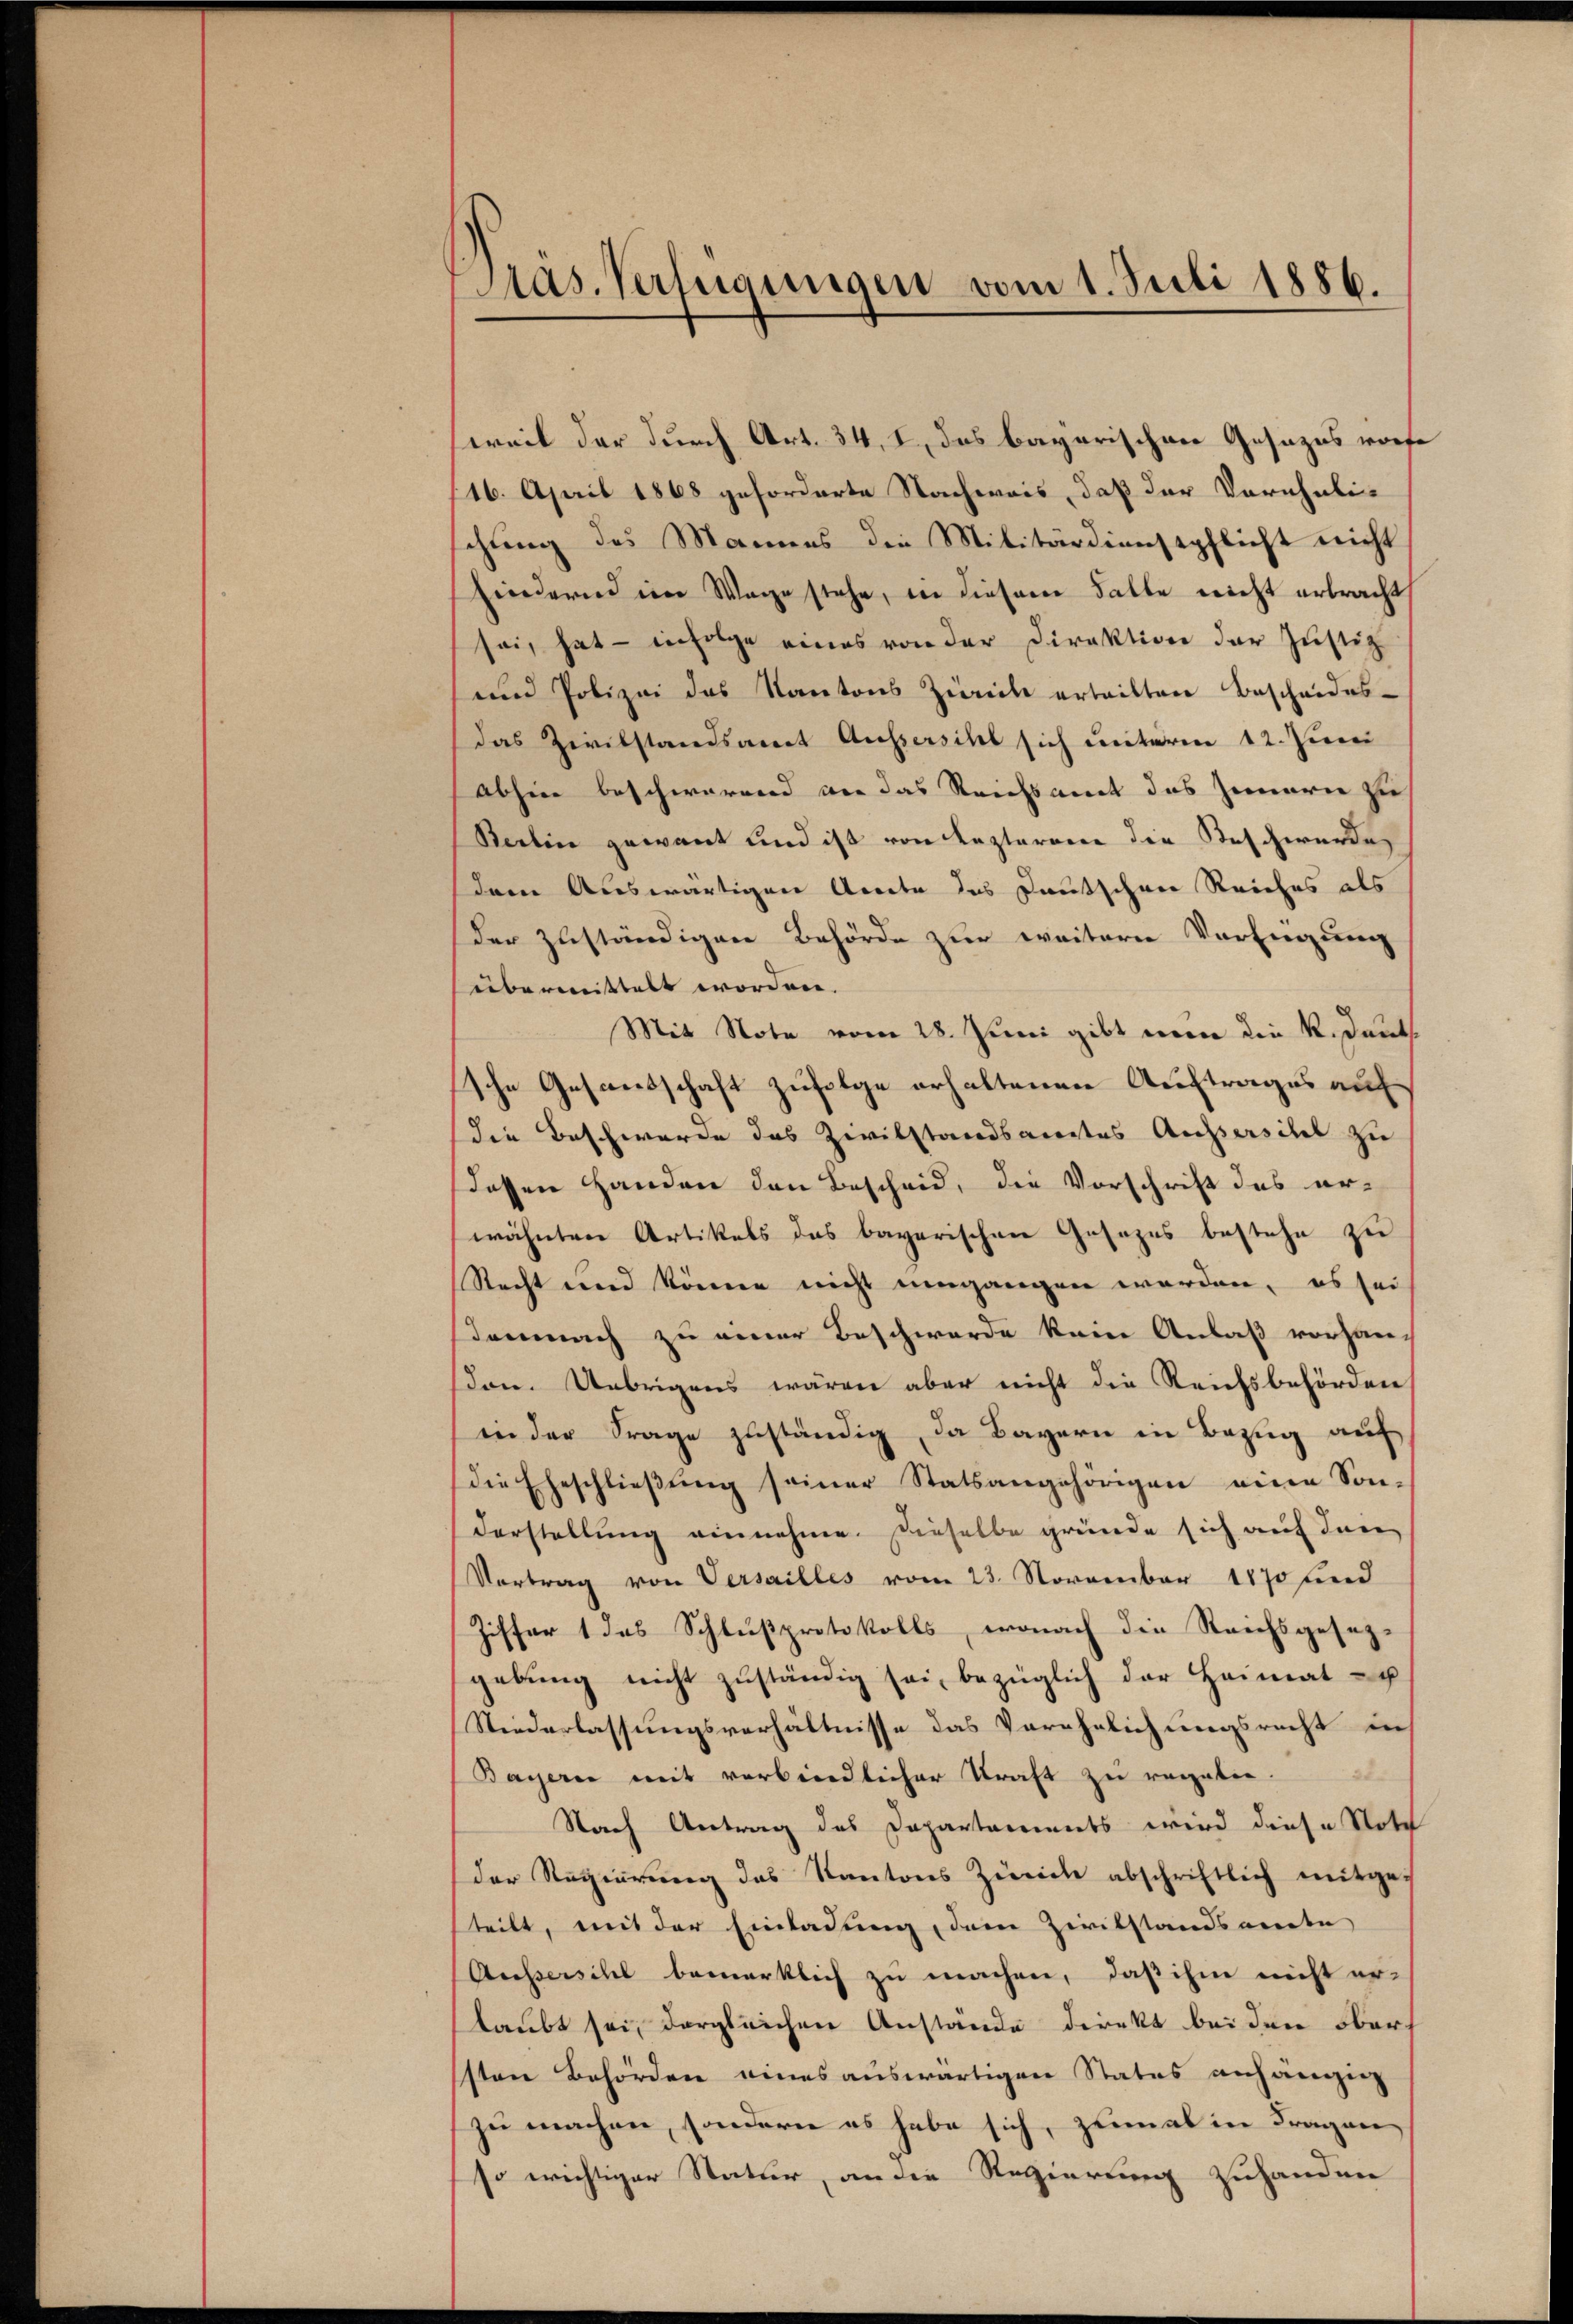
Pas. Verfügungen vom 1. Juli 1886.

sweil der durch Art. 34, I, das bayerischen Gesezes vor¬
16. April 1868 geforderte Nachweis, daß der Verehelichung des Mannes die Militärdienstpflicht nicht
Eindernd im Wage stehe, in diesem Falle nicht erbracht
sei, hat — infolge eines von der Direktion der Justiz
und Polizei des Kantons Zürich ertritten Bescheides-
das Zivilstandsamt Aussersihl sich unterm 12. Juni
abhin beschwärend wir das Reichsamt das Zimarie zu
Berlin gewant und ist von Lezterene die Beschwerde
dem Auswärtigen Aracte des Deutschen Reiches als
der zuständigen Behörde zur weitern Verfügung
übermittelt worden.
Mit Note vom 28. Juni gibt nun die K. Deuts
sche Gesandschaft zufolge erhaltenen Auftrages auf
die Beschwerde das Zivilstandsamtes Aussersihl zu
dessen Handen den Bescheid, die Vorschrift des erwähnten Artikels das bayerischen Gesezes bestehe zu
Recht und könne nicht umgangen werden, es sei
demnach zu einer Beschwerde kein Anlaß vorhanden. Übrigens wären aber nicht die Reichsbehörden,
in der Frage zuständig, da Bayern in Bezug auf
die Eheschlieβŭng seiner Statsangehörigen eine Son-
darstellung einnehme. Dieselbe gründe sich auf Inne
Vortrag von Versailles vom 23. November 1870 und
Ziffer 1 das Schlußprotokolls, wonach die Reichsgesezgebung nicht zuständig sei, bezüglich der Heimat-
Niederlassungsverhältnisse das Verehelichungsrecht in
Bayerne mit verbindlicher Kraft zu regelten.
Nach Antrag des Departaments wird diese Noth
der Regierung des Kantons Zürich abschriftlich mitge-
teilt, mit der Einladung, dem Zivilstandsante
Aussersihl bemerklich zu machen, daß ihm nicht er-
laubt sei, dergleichen Anstände direkt bei den Obersten Behörden eines auswärtigen Status anhängig
zu machen, sondern es habe sich, zumal in Fragen,
so wichtiger Statur, an die Regierung zuhanden